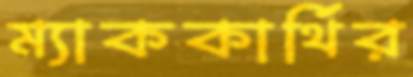
ম্যাককার্থির